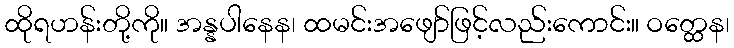
ထိုရဟန်းတို့ကို။ အန္နပါနေန၊ ထမင်းအဖျော်ဖြင့်လည်းကောင်း။ ဝတ္ထေန၊